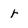
Character: r